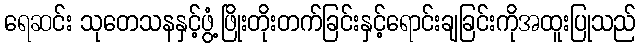
ရေဆင်း သုတေသနနှင့်ဖွံ့ဖြိုးတိုးတက်ခြင်းနှင့်ရောင်းချခြင်းကိုအထူးပြုသည်